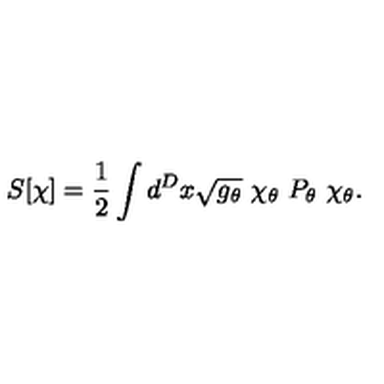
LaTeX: S [ \chi ] = { \frac { 1 } { 2 } } \int d ^ { D } x \sqrt { g _ { \theta } } \ \chi _ { \theta } \ P _ { \theta } \ \chi _ { \theta } .